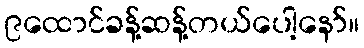
၉ထောင်ခန့်ဆန့်တယ်ပေါ့နော်။